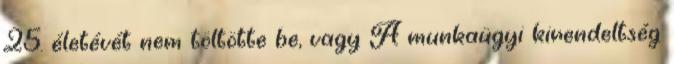
25. életévét nem töltötte be, vagy A munkaügyi kirendeltség